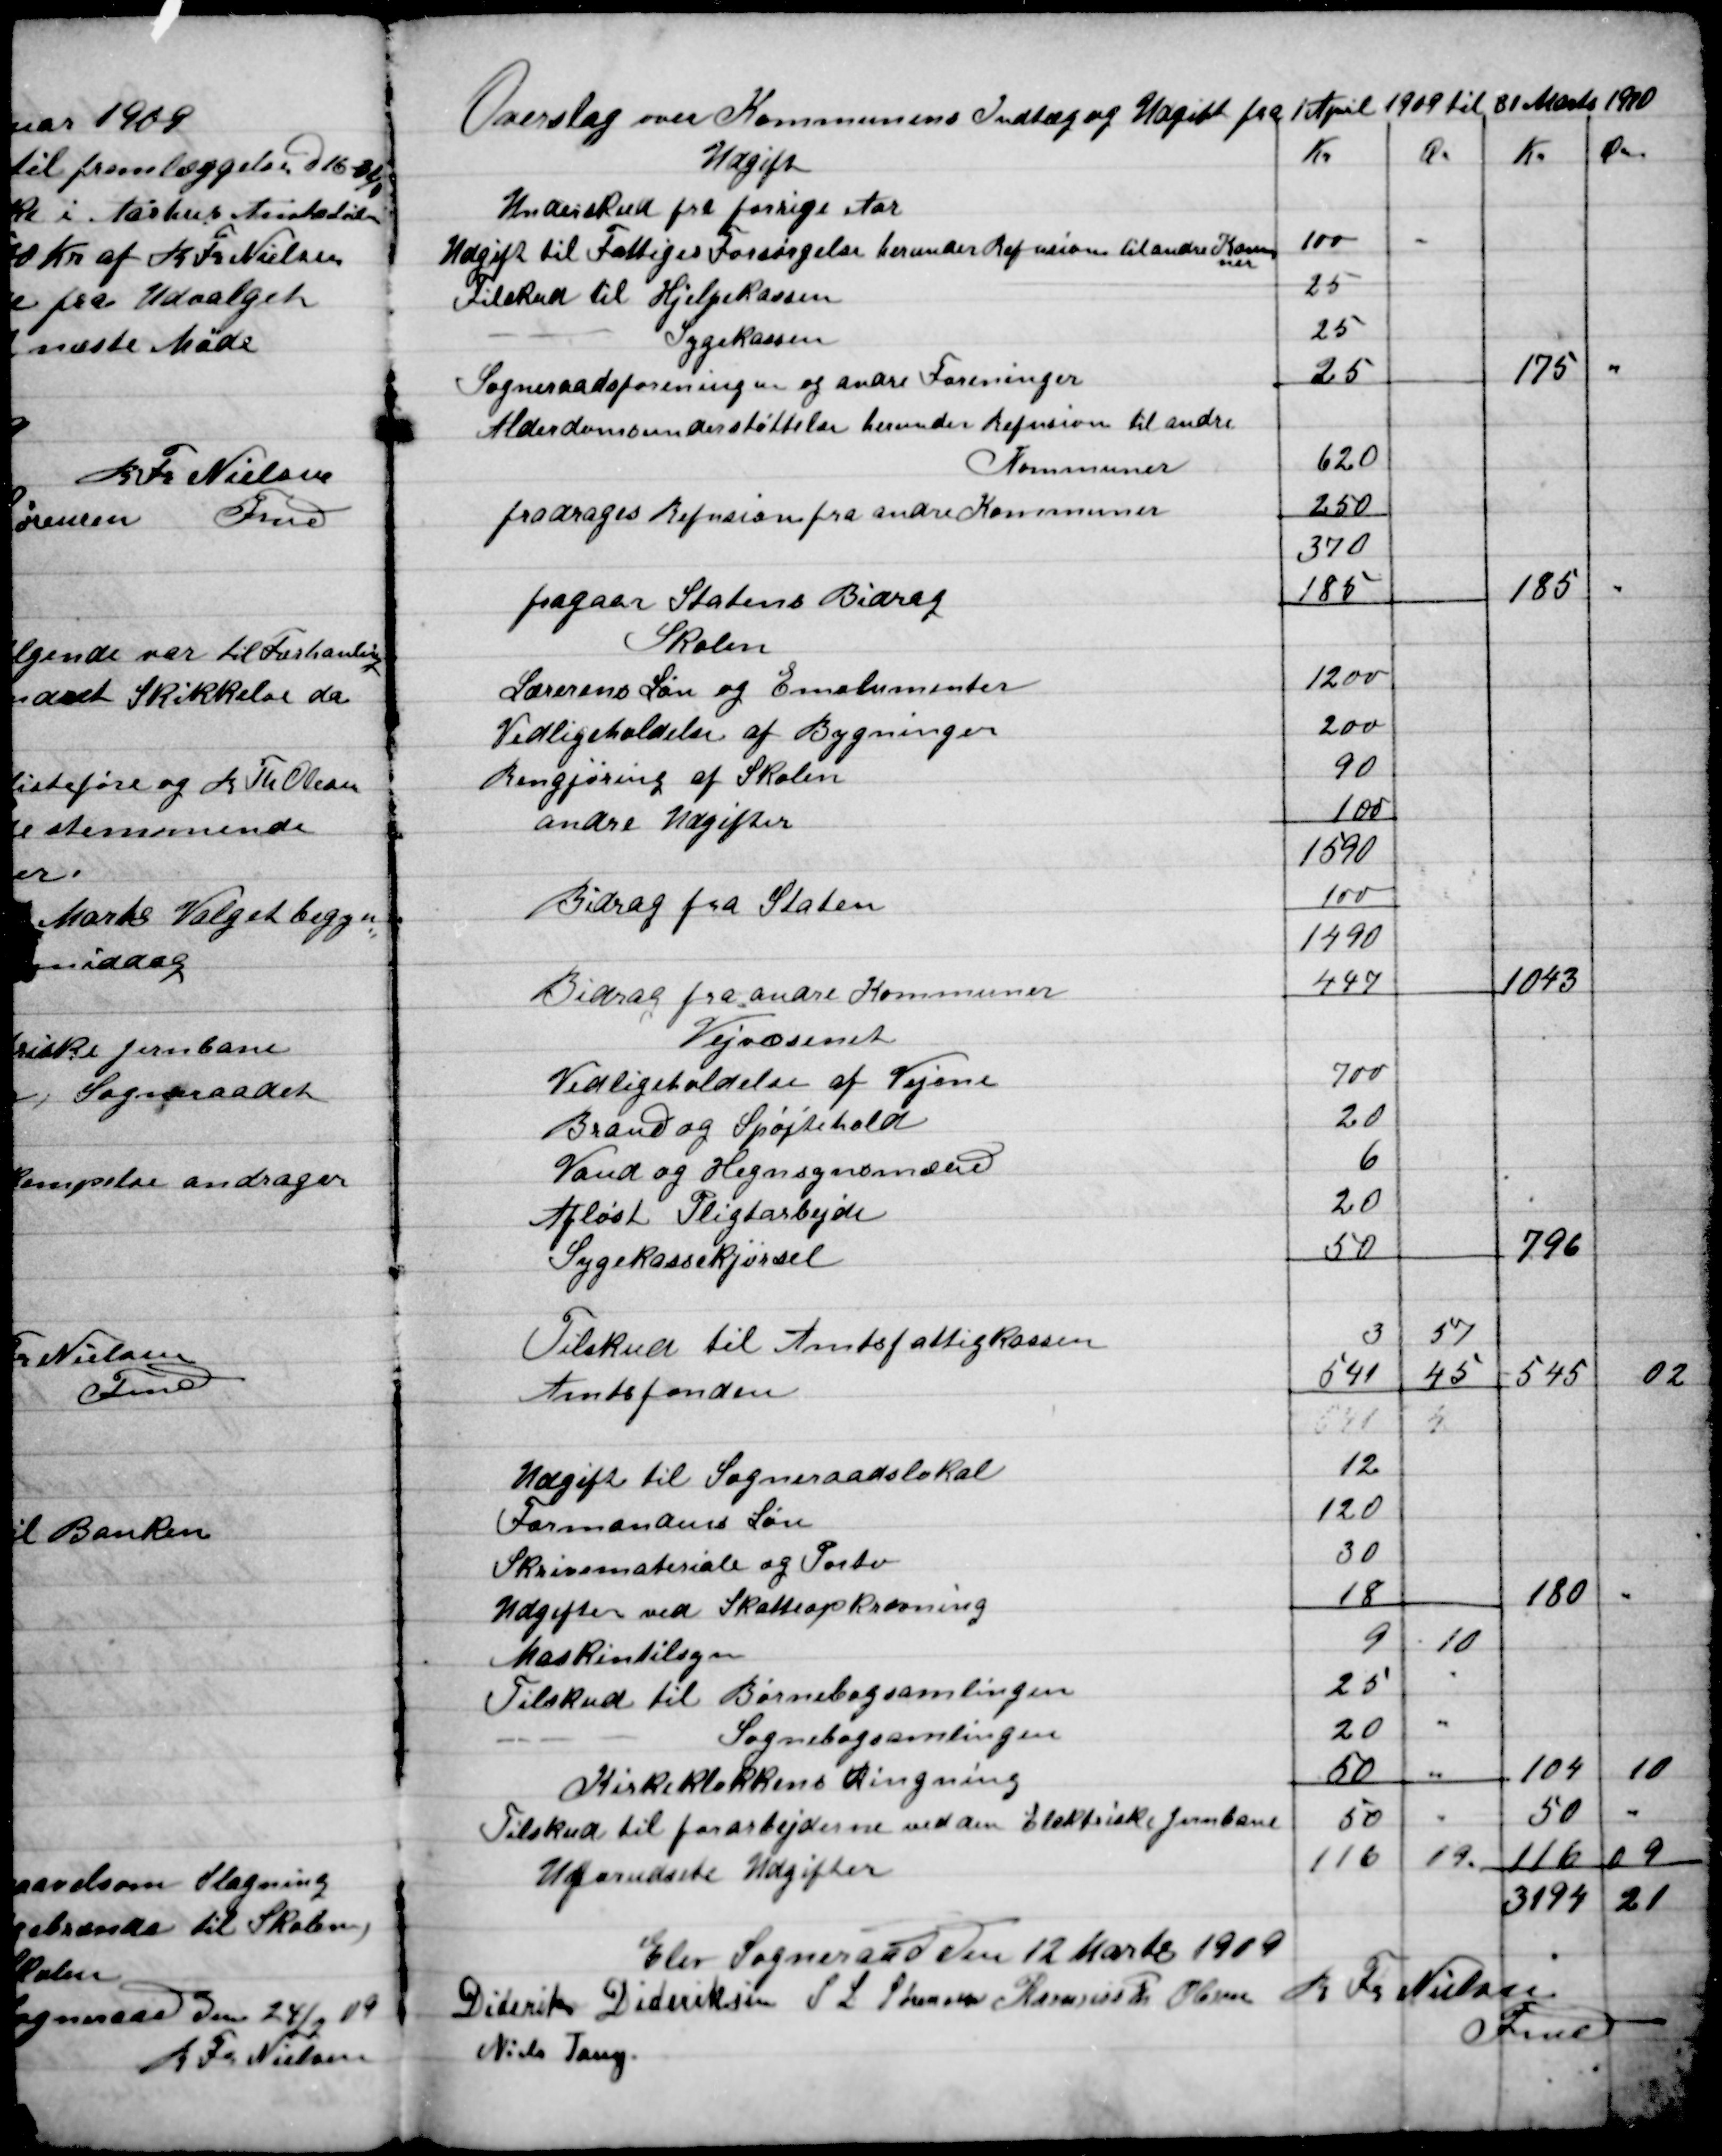
Transskription:
Elev Sogneraad den 12 Marts 1909

Diderik Dideriksen
S.L. Sørensen
Rasmus Th. Olesen
Niels Tang
R. Fr. Nielsen
Fmd.